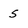
Character: 5